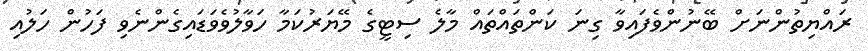
ރައްޔިތުންނަށް ބޭނުންވެފައިވާ ގިނަ ކަންތައްތައް މާލެ ސިޓީގެ މޭޔަރުކަމާ ހަވާލުވެވަޑައިގެންނެވި ފަހުން ހަލުއި